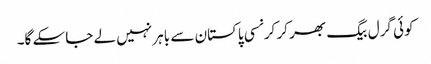
کوئی گرل بیگ بھر کر کرنسی پاکستان سے باہر نہیں لے جاسکے گا۔